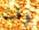
وقت